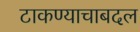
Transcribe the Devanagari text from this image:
टाकण्याचाबदल